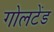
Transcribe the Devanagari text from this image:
गोलटेंड